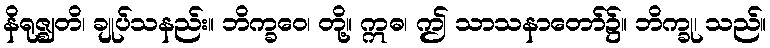
နိရုဇ္ဈတိ၊ ချုပ်သနည်း။ ဘိက္ခဝေ၊ တို့။ ဣဓ၊ ဤ သာသနာတော်၌။ ဘိက္ခု၊ သည်။